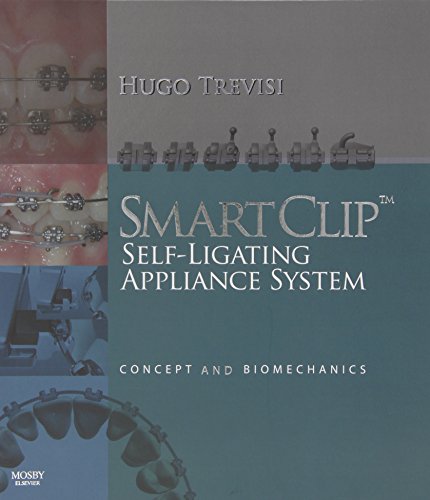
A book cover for SmartClip Self-Ligating Appliance System: Concept and Biomechanics, 1e; Hugo Trevisi DDS; Medical Books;